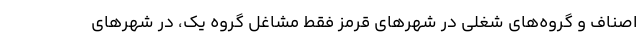
اصناف و گروه‌های شغلی در شهر‌های قرمز فقط مشاغل گروه یک، در شهر‌های